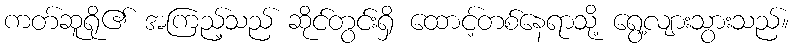
ကတ်ဆူရို၏ အကြည့်သည် ဆိုင်တွင်းရှိ ထောင့်တစ်နေရာသို့ ရွေ့လျားသွားသည်။